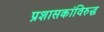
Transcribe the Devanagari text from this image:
प्रशासकांविरुद्ध